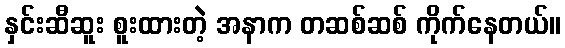
နှင်းဆီဆူး စူးထားတဲ့ အနာက တဆစ်ဆစ် ကိုက်နေတယ်။